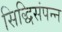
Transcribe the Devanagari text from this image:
सिद्धिसंपन्न